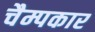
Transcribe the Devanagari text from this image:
चैम्पकार